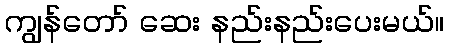
ကျွန်တော် ဆေး နည်းနည်းပေးမယ်။